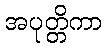
အပုတ္တိကာ